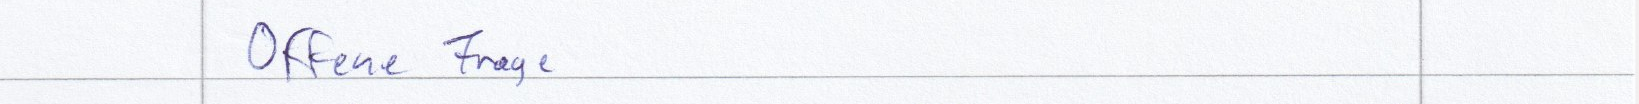
Offene Frage